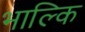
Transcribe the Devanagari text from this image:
भाल्कि